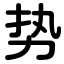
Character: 势